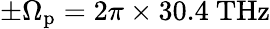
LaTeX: \pm\Omega_{\mathrm{p}}=2\pi\times 30.4~\mathrm{THz}